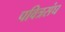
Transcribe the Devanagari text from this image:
पवित्रसंघ